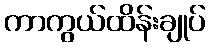
ကာကွယ်ထိန်းချုပ်